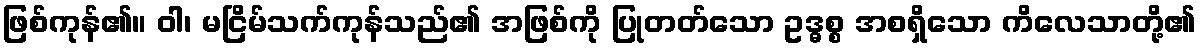
ဖြစ်ကုန်၏။ ဝါ၊ မငြိမ်သက်ကုန်သည်၏ အဖြစ်ကို ပြုတတ်သော ဥဒ္ဓစ္စ အစရှိသော ကိလေသာတို့၏